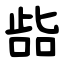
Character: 啙